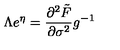
\Lambda e ^ { \eta } = \frac { \partial ^ { 2 } \tilde { F } } { \partial \sigma ^ { 2 } } g ^ { - 1 }